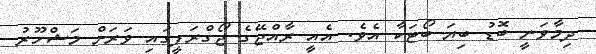
ދިމާވަނީ ބޮޑު ބިޔަ ބޯޓަކާ އެވެ. އެއީ ރާއްޖޭގެ ޖޯގްރަފީގައި ވަރަށް މަޝްހޫރު